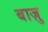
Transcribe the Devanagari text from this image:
बाज़ु